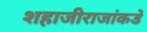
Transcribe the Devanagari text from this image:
शहाजीराजांकडे